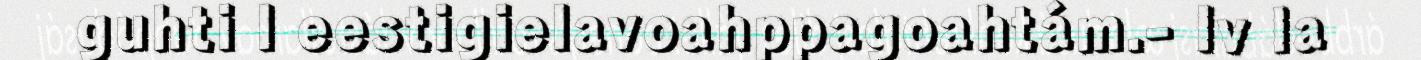
guhti l eestigielavoahppagoahtám.- Iv la